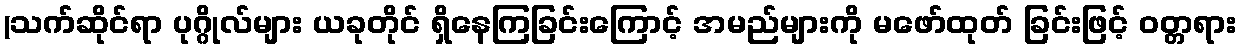
(သက်ဆိုင်ရာ ပုဂ္ဂိုလ်များ ယခုတိုင် ရှိနေကြခြင်းကြောင့် အမည်များကို မဖော်ထုတ် ခြင်းဖြင့် ဝတ္တရား